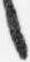
之